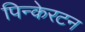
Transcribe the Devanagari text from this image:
पिन्केरटन